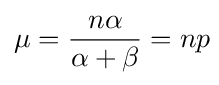
\mu ={\frac {n\alpha }{\alpha +\beta }}=np\!